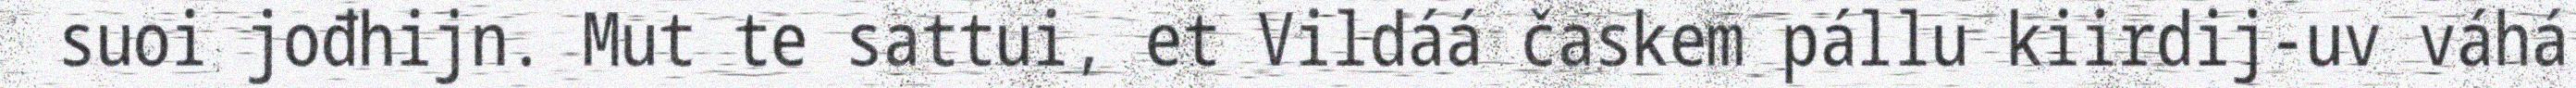
suoi jođhijn. Mut te sattui, et Vildáá časkem pállu kiirdij-uv váhá